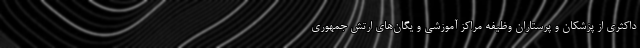
داکثری از پزشکان و پرستاران وظیفه مراکز آموزشی و یگان‌های ارتش جمهوری